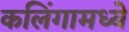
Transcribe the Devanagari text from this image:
कलिंगामध्ये